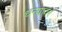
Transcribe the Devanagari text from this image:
धन्यावर